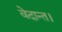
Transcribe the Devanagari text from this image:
वेदान्त।